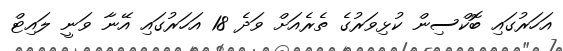
އަހަރުގައި ބޮކްސިން ކުޅިވަރުގެ ތެރެއަށް ވަދެ 18 އަހަރުގައި އޭނާ ވަނީ ލައިޓް